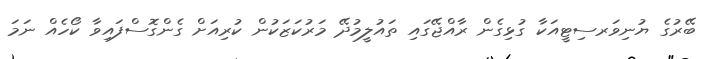
ބޭރުގެ ޔުނިވަރސިޓީއަކާ ގުޅިގެން ރާއްޖޭގައި ތައުލީމުދޭ މަރުކަޒަކުން ކުރިއަށް ގެންގޮސްފައިވާ ކޯހެއް ނަމަ